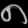
Digit: ၈